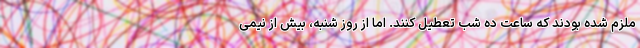
ملزم شده بودند که ساعت ده شب تعطیل کنند. اما از روز شنبه، بیش از نیمی